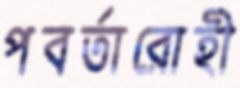
পবর্তারোহী